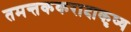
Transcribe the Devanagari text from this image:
तमन्तककरादाकृष्य